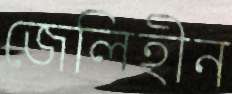
জেলিহীন